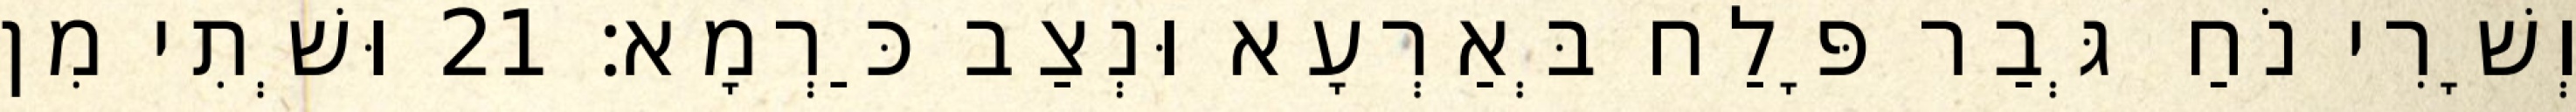
וְשָׁרִי נֹחַ גְּבַר פָּלַח בְּאַרְעָא וּנְצַב כַּרְמָא׃ 21 וּשְׁתִי מִן